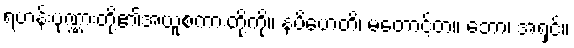
ရဟန်းပုဏ္ဏားတို့၏အယူစကားတို့ကို။ နပိဟေတိ၊ မတောင့်တ။ ဘော၊ အရှင်။